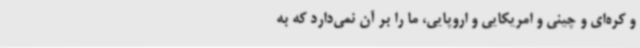
و کره‌ای و چینی و امریکایی و اروپایی، ما را بر آن نمی‌دارد که به